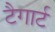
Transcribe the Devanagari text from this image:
टैगार्ट